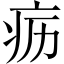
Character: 疬